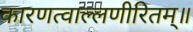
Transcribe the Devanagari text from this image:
कारणत्वाल्लणीरितम्॥